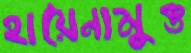
হায়েনামুক্ত